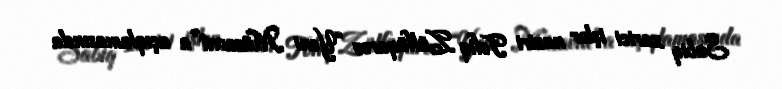
Sabiq xarici işlər naziri Tofiq Zülfüqarov “Yeni Müsavat”a açıqlamasında